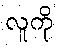
လူကို